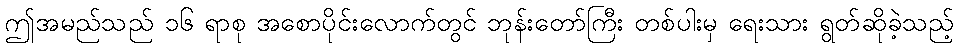
ဤအမည်သည် ၁၆ ရာစု အစောပိုင်းလောက်တွင် ဘုန်းတော်ကြီး တစ်ပါးမှ ရေးသား ရွတ်ဆိုခဲ့သည့်